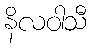
နိလဝါသီ